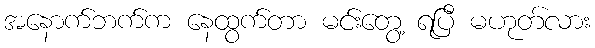
အနောက်ဘက်က နေထွက်တာ မင်းတွေ့ ရပြီ မဟုတ်လား